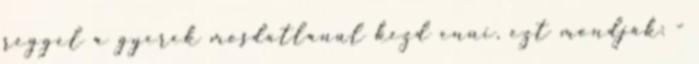
reggel a gyerek mosdatlanul kezd enni, ezt mondják: -